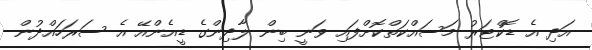
އަދި އެ ޑޮކްޓަރު މަސައްކަތްކޮށްފައި ވަނީ ބިން ލާދިންގެ ޑީއެންއޭ އެ ސަރަހައްދުން